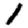
Digit: 1